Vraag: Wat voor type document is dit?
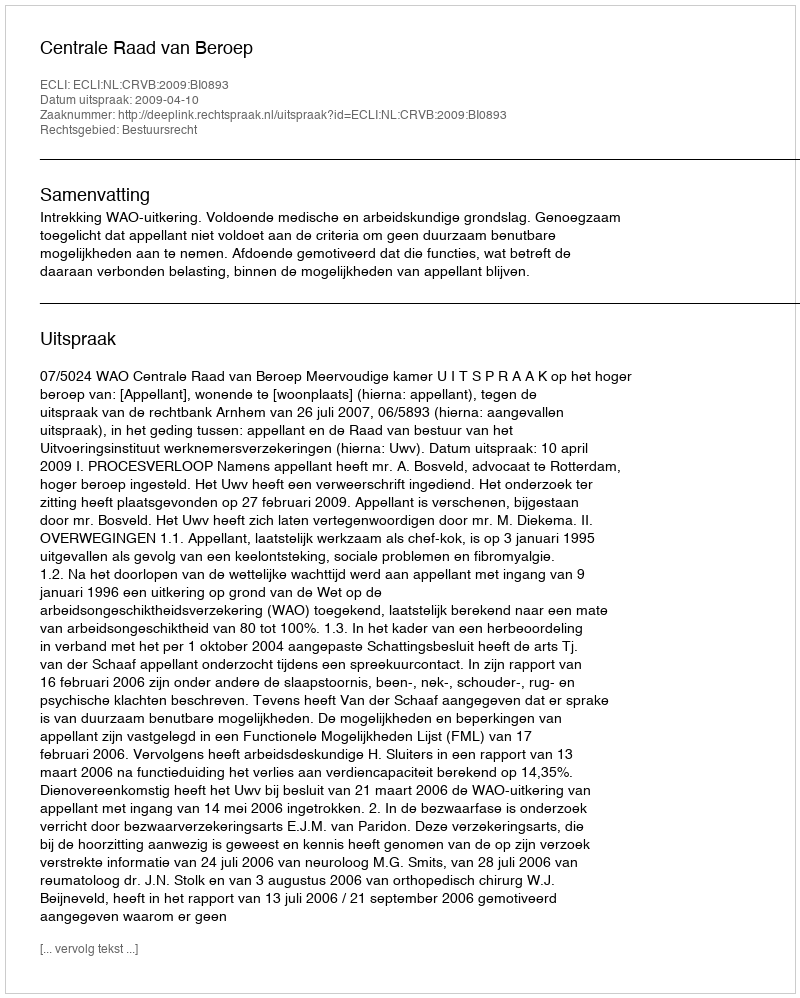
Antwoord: Uitspraak